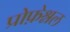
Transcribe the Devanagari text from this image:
प्रोफ़ेश्नल